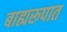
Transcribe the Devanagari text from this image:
बाह्यरूपात